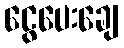
ငွေပေးချေ